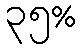
၃၅%